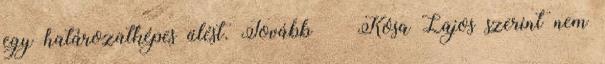
egy határozatképes ülést. Tovább › ›Kósa Lajos szerint nem